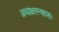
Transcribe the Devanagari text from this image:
अथाक्षरन्यासः